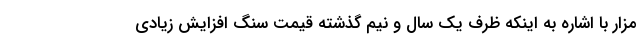
مزار با اشاره به اینکه ظرف یک سال و نیم گذشته قیمت سنگ افزایش زیادی